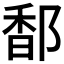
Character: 𮷭